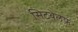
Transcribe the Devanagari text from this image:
सिटबेलफ़